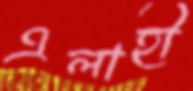
এলাহী